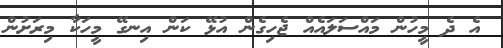
އެ ދެ މީހުން މައްސަލައެއް ޖެހިގެން އުޅޭ ކަން އިނގޭ މީހަކާ މިރަށުން